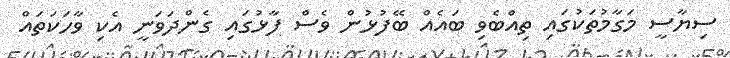
ސިޔާސީ މަގާމުތަކުގައި ތިއްބެވި ބައެއް ބޭފުޅުން ވެސް ފާޅުގައި ގެންދަވަނީ އެކި ވާހަކަތައް